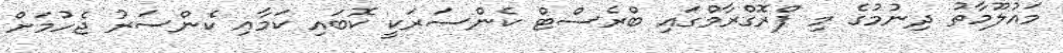
މައުލޫމާތު ދިނުމުގެ މި ޕްރޮގްރާމްގައި ބްރެސްޓް ކެންސަރަކީ ކޮބައި ކަމާއި ކެންސަރު ޖެހުމަށް